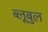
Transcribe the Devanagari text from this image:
ब्लूबुल